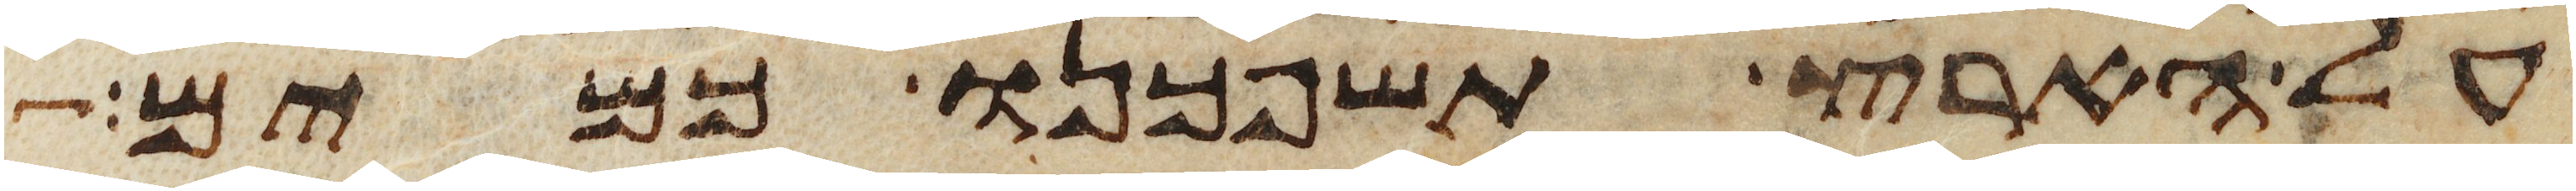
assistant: על הארץ תשפכנו כמים